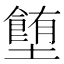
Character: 𡓉